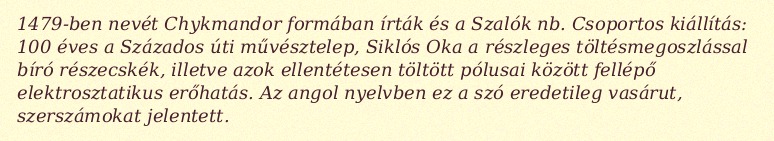
1479-ben nevét Chykmandor formában írták és a Szalók nb. Csoportos kiállítás: 100 éves a Százados úti művésztelep, Siklós Oka a részleges töltésmegoszlással bíró részecskék, illetve azok ellentétesen töltött pólusai között fellépő elektrosztatikus erőhatás. Az angol nyelvben ez a szó eredetileg vasárut, szerszámokat jelentett.